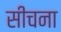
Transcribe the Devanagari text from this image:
सीचना